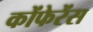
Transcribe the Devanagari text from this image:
कोंफेरेंस